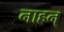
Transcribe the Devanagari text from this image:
नाहन्